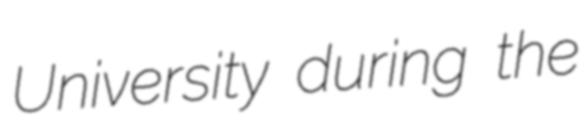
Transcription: University during the